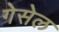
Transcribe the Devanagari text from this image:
गेसेल